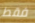
فقط